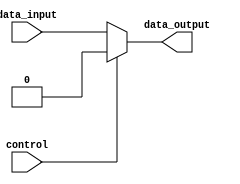
module bidirectional_buffer (
    input wire data_input,
    output reg data_output,
    input wire control
);

always @ (data_input, control)
begin
    if (control == 1'b0) // Data flow from input to output
    begin
        data_output <= data_input;
    end
    else // Data flow from output to input
    begin
        data_output <= 1'b0; // Set the output to 0 when receiving data
    end
end

endmodule